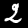
Digit: 2